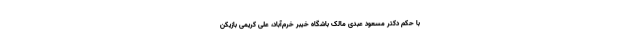
با حکم دکتر مسعود عبدی مالک باشگاه خیبر خرم‌آباد، علی کریمی بازیکن